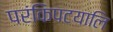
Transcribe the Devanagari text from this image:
परंकिपटयालि